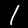
Digit: 1